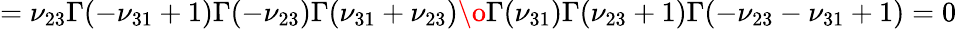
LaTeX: =\nu_{23}{\Gamma(-\nu_{31}+1)\Gamma(-\nu_{23})\Gamma(\nu_{31}+\nu_{23})\o{\Gamma(\nu_{31})\Gamma(\nu_{23}+1)\Gamma(-\nu_{23}-\nu_{31}+1)}}=0